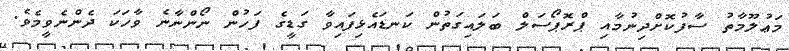
މަޢުލޫމާތު ސާފުކޮށްދިނުމާއި ޕްރޮޕޯސަލް ބަލައިގަތުން ކަނޑައެޅިފައިވާ ގަޑީގެ ފަހުން ނޯންނާނެ ވާހަކަ ދެންނެވީމެވެ.